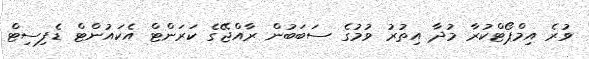
ވުރެ އިމްޕޯޓްކުރާ މުދާ އިތުރު ވުމުގެ ސަބަބުން ރާއްޖޭގެ ކަރަންޓް އެކައުންޓް ޑެފިސިޓް